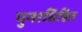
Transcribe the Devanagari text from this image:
पुनरधिष्ठित